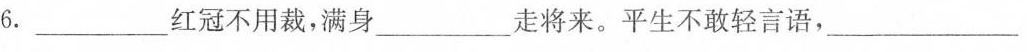
6.__________________红冠不用裁，满身____________走将来。平生不敢轻言语，_